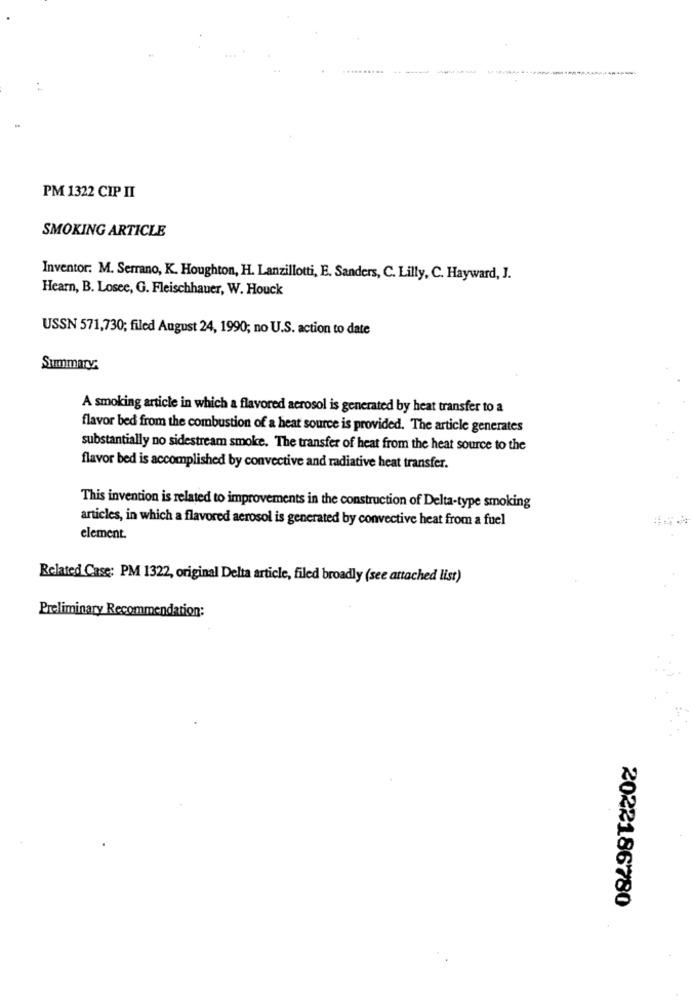
PM 1322 CIP II
SMOKING ARTICLE
Inventor: M. Serrano, K. Houghton, H. Lanzillotti, E. Sanders, C. Lilly, C. Hayward, J.
Hearn, B. Losec, G. Fleischhauer, W. Houck
USSN 571,730; filed August 24, 1990; no U.S. action to date
Summary:
A smoking article in which a flavored aerosol is generated by heat transfer to a
flavor bed from the combustion of a heat source is provided. The article generates
substantially no sidestream smoke. The transfer of heat from the heat source to the
flavor bed is accomplished by convective and radiative heat transfer.
This invention is related to improvements in the construction of Delta-type smoking
articles, in which a flavored aerosol is generated by convective heat from a fuel
element.
Related Case: PM 1322, original Delta article, filed broadly (see attached list)
Preliminary Recommendation:
2022186780